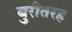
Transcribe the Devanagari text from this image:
बुरीतरह